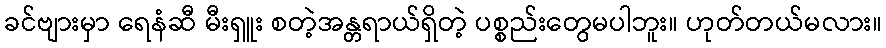
ခင်ဗျားမှာ ရေနံဆီ မီးရှူး စတဲ့အန္တရာယ်ရှိတဲ့ ပစ္စည်းတွေမပါဘူး။ ဟုတ်တယ်မလား။